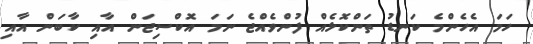
ހަމަ އެހެންމެ ކަނޑު ތަންކޮޅެއް ފުންވެއްޖެ ނަމަ އޮކްސިޖަން އާއި ކާބަން އާއި